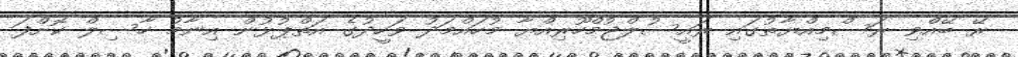
ރޭ ބޭއްވި ރަސްމިއްޔާތުގައި ރައީސުލްޖުމްހޫރިއްޔާ މުހައްމަދު ވަހީދުގެ އަތްޕުޅުން އިނާމު ހާސިލް ކޮށްފަ